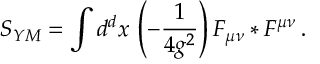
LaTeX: S _ { Y M } = \int d ^ { d } x \, \left( - \frac { 1 } { 4 g ^ { 2 } } \right) F _ { \mu \nu } * F ^ { \mu \nu } \, .